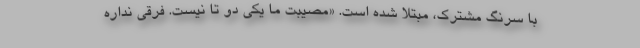
با سرنگ مشترک، مبتلا شده است. «مصیبت ما یکی دو تا نیست. فرقی نداره